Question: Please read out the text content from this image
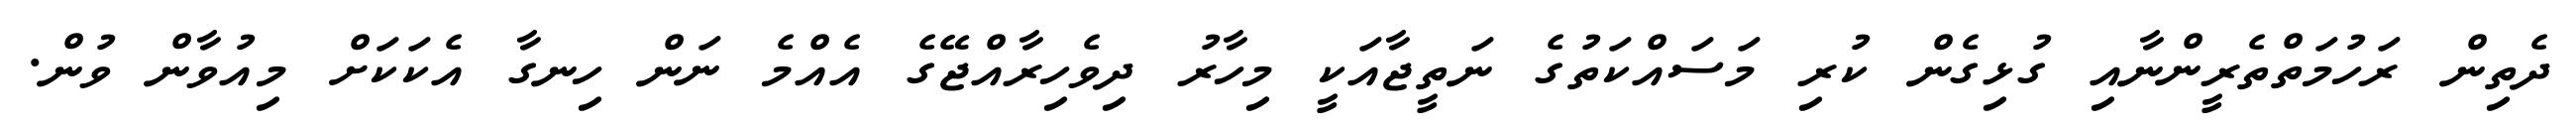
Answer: ދެތިން ރަހުމަތްތެރީންނާއި ގުޅިގެން ކުރި މަސައްކަތުގެ ނަތީޖާއަކީ މިހާރު ދިވެހިރާއްޖޭގެ އެއްމެ ނަން ހިނގާ އެކަކަށް މިއުވާން ވުން.